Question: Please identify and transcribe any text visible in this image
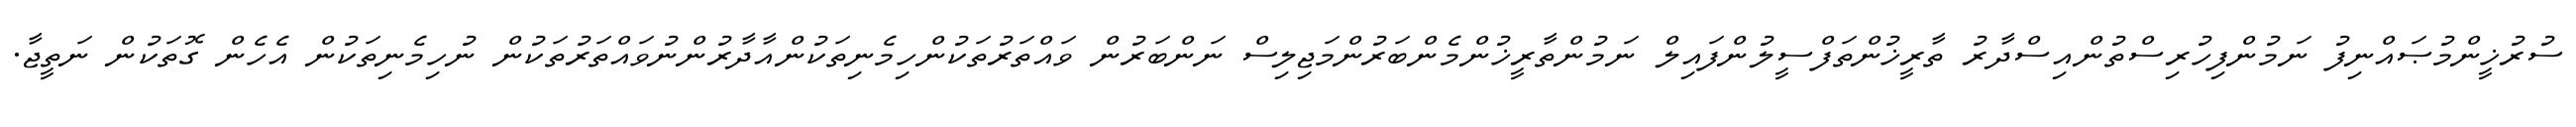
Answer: ސުރުޚީންމުޞައްނިފު ނަމުންފިހުރިސްތުންއިސްދާރު ތާރީޚުންތަފްސީލުންފައިލް ނަމުންތާރީޚުންމެންބަރުންމަޖިލިސް ނަންބަރުން ވައްތަރުތަކުންހިމެނިތަކުންއާދާރުންނުވައްތަރުތަކުން ނުހިމެނިތަކުން އެހެން ގޮތަކުން ނަތީޖާ.